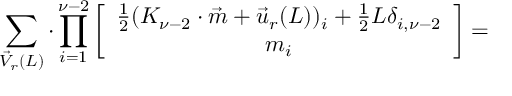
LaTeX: \sum _ { \vec { V } _ { r } ( L ) } \cdot \prod _ { i = 1 } ^ { \nu - 2 } \left[ \begin{array} { c } { { \frac { 1 } { 2 } ( K _ { \nu - 2 } \cdot \vec { m } + \vec { u } _ { r } ( L ) ) _ { i } + \frac { 1 } { 2 } L \delta _ { i , \nu - 2 } } } \\ { { m _ { i } } } \end{array} \right] =